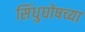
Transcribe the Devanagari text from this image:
सिंधुघोषच्या